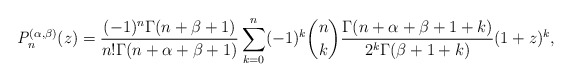
\begin{gather*} \mathit{P}_{n}^{( \alpha ,\beta ) }(z)=\frac{( -1) ^{n}\Gamma ( n+\beta +1) }{n!\Gamma ( n+\alpha +\beta +1) }\sum_{k=0}^{n}(-1) ^{k}\binom{n}{k}\frac{\Gamma ( n+\alpha +\beta +1+k) }{2^{k}\Gamma ( \beta +1+k) }( 1+z) ^{k},\end{gather*}